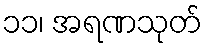
၁၁၊ အရဏသုတ်